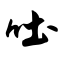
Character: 吐